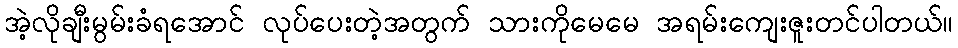
အဲ့လိုချီးမွမ်းခံရအောင် လုပ်ပေးတဲ့အတွက် သားကိုမေမေ အရမ်းကျေးဇူးတင်ပါတယ်။